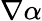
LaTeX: \nabla\alpha